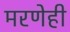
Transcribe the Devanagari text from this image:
मरणेही